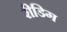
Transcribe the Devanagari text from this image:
रीडिग